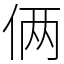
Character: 俩